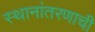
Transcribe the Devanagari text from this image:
स्थानांतरणाची